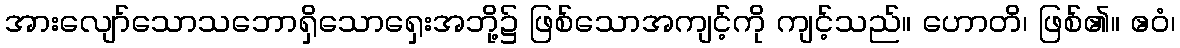
အားလျော်သောသဘောရှိသောရှေးအဘို့၌ ဖြစ်သောအကျင့်ကို ကျင့်သည်။ ဟောတိ၊ ဖြစ်၏။ ဧဝံ၊